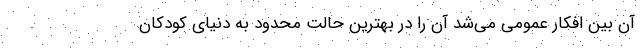
آن بین افکار عمومی می‌شد آن را در بهترین حالت محدود به دنیای کودکان